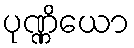
ပုဏ္ဏိယော